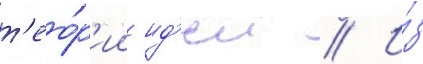
т'ео́р'ии ид'еи // И́з